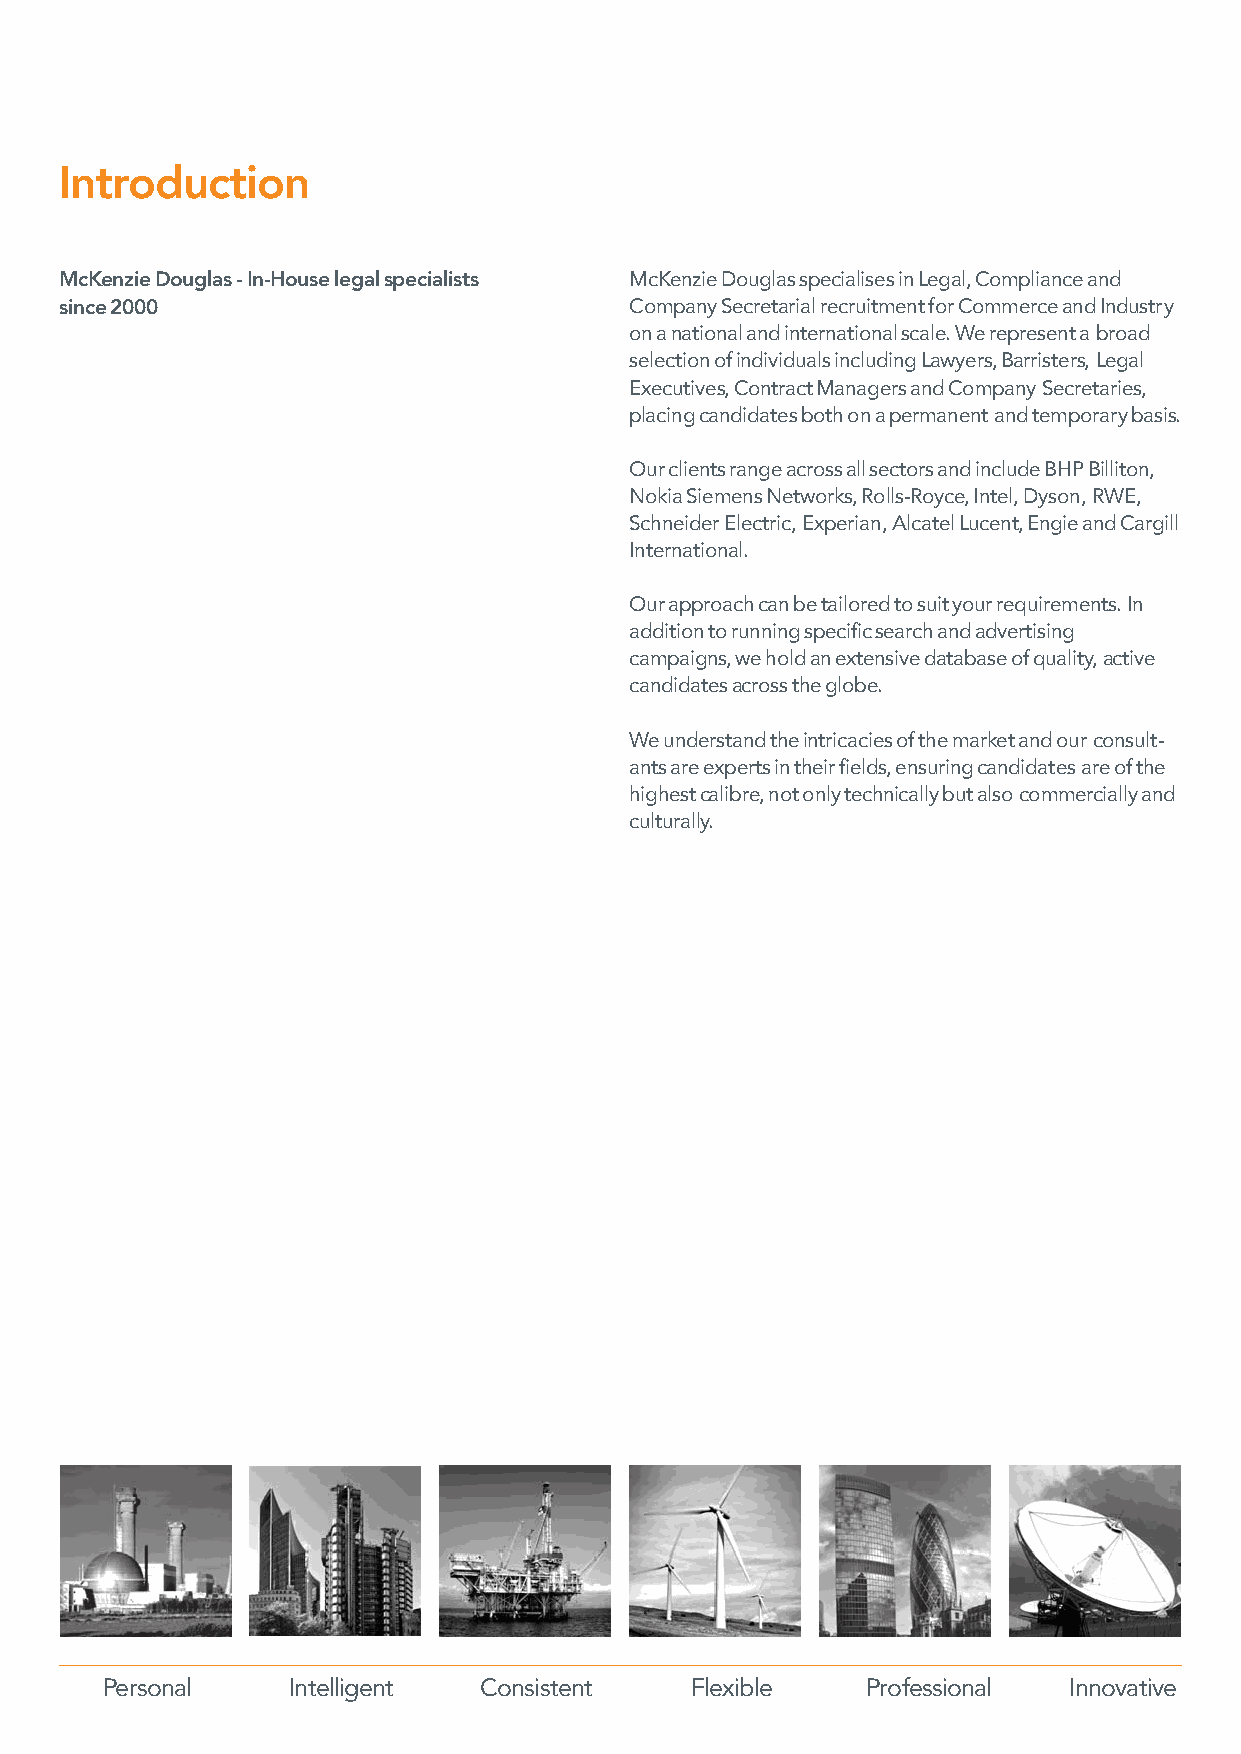
Introduction
 McKenzie Douglas - In-House legal specialists McKenzie Douglas specialises in Legal, Compliance and
 since 2000                            Company Secretarial recruitment for Commerce and Industry
 on a national and international scale. We represent a broad
 selection of individuals including Lawyers, Barristers, Legal
 Executives, Contract Managers and Company Secretaries,
 placing candidates both on a permanent and temporary basis.
 Our clients range across all sectors and include BHP Billiton,
 Nokia Siemens Networks, Rolls-Royce, Intel, Dyson, RWE,
 Schneider Electric, Experian, Alcatel Lucent, Engie and Cargill
 International.
 Our approach can be tailored to suit your requirements. In
 addition to running specific search and advertising
 campaigns, we hold an extensive database of quality, active
 candidates across the globe.
 We understand the intricacies of the market and our consult-
 ants are experts in their fields, ensuring candidates are of the
 highest calibre, not only technically but also commercially and
 culturally.
 Personal    Intelligent  Consistent    Flexible   Professional  Innovative